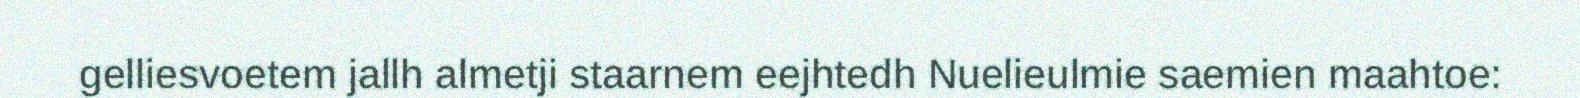
gelliesvoetem jallh almetji staarnem eejhtedh Nuelieulmie saemien maahtoe: